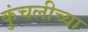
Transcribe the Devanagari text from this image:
कुंचलीच्या